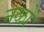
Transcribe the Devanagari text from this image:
नळों